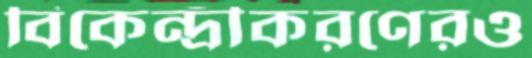
বিকেন্দ্রীকরণেরও